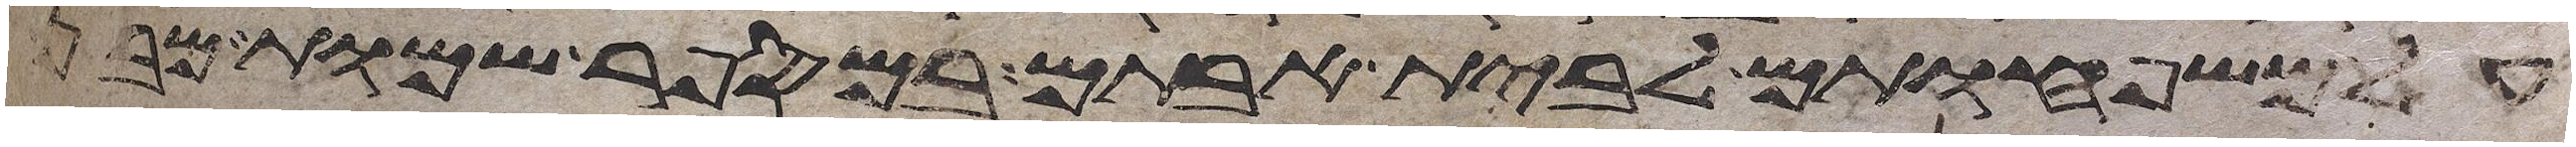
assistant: על משפחותם לבית אבותם במספר שמות מבן